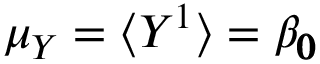
\mu _ { Y } = \big < Y ^ { 1 } \big > = \beta _ { { \pmb { 0 } } }